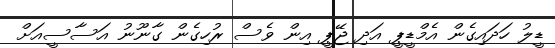
ޑީލު ހަދައިގެން އެމްޑީޕީ އަދި ޖޭޕީ އިން ވެސް ރުހިގެން ގާނޫނު އަސާސީއަށް